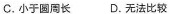
C.小于圆周长 D.无法比较